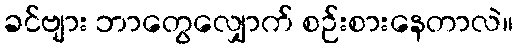
ခင်ဗျား ဘာတွေလျှောက် စဉ်းစားနေတာလဲ။